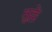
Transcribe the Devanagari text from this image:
तुल्ले